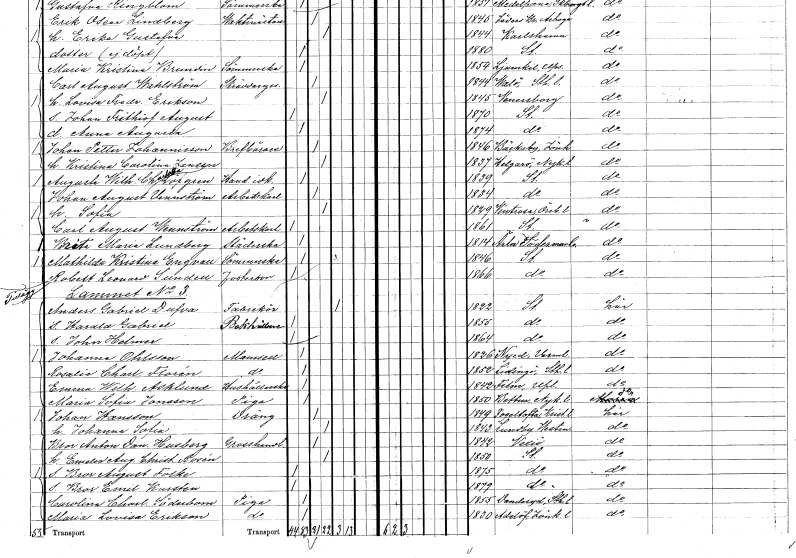
gt_parse: households: individuals: FN: Johan August
EN: Vennström
YRKE: Arbetskarl
KON: M
CIV: G
FODAR: 1834
FODFORS: Stockholm
FN: Sofia
KON: K
CIV: G
FODAR: 1829
FODFORS: Vintrosa Örebro län
FN: Carl August
EN: Wennström
YRKE: Arbetskarl
KON: M
CIV: O
FODAR: 1861
FODFORS: Stockholm
FN: Brita Maria
EN: Lundberg
YRKE: Städerska
KON: K
CIV: O
FODAR: 1814
FODFORS: Ärla Södermanlands län
FN: Mathilda Kristina
EN: Engvall
YRKE: Sömmerska
KON: K
CIV: O
FODAR: 1846
FODFORS: Stockholm
FN: Robert Leonard
EN: Sundell
KON: M
CIV: O
FODAR: 1866
FODFORS: Stockholm
FN: Anders Gabriel
EN: Dufva
YRKE: Fabrikör
KON: M
CIV: E
FODAR: 1822
FODFORS: Stockholm
FN: Harald Gabriel
YRKE: Bokhållare
KON: M
CIV: O
FODAR: 1855
FODFORS: Stockholm
FN: John Helmer
KON: M
CIV: O
FODAR: 1864
FODFORS: Stockholm
FN: Johanna
EN: Ohlsson
KON: K
CIV: O
FODAR: 1826
FODFORS: Nyed Värmlands län
FN: Rosalie Charlotta
EN: Florén
KON: K
CIV: O
FODAR: 1852
FODFORS: Lidingö Stockholms län
FN: Emma Wilhelmina
EN: Asklund
YRKE: Hushållerska
KON: K
CIV: O
FODAR: 1842
FODFORS: Film Uppsala län
FN: Maria Sofia
EN: Jonsson
YRKE: Piga
KON: K
CIV: O
FODAR: 1850
FODFORS: Bettna Södermanlands län
FN: Johan
EN: Hansson
YRKE: Dräng
KON: M
CIV: G
FODAR: 1849
FODFORS: Fågeltofta Kristianstads län
FN: Johanna Sofia
KON: K
CIV: G
FODAR: 1843
FODFORS: Lundby Västmanlands län
FN: Bror Anton Daniel
EN: Husberg
YRKE: Grosshandlare
KON: M
CIV: G
FODAR: 1842
FODFORS: Växjö Kronobergs län
FN: Emelie Augusta Christina
EN: Rosén
KON: K
CIV: G
FODAR: 1850
FODFORS: Stockholm
FN: Bror August Folke
KON: M
CIV: O
FODAR: 1875
FODFORS: Stockholm
FN: Bror Emil
EN: Karsten
KON: M
CIV: O
FODAR: 1879
FODFORS: Stockholm
FN: Carolina Charlotta
EN: Söderbom
YRKE: Piga
KON: K
CIV: O
FODAR: 1855
FODFORS: Danderyd Stockholms län
FN: Maria Lovisa
EN: Erikson
YRKE: Piga
KON: K
CIV: O
FODAR: 1830
FODFORS: Adelöv Jönköpings län